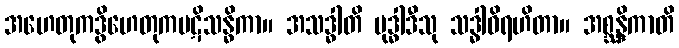
အဟေတုကဒွိဟေတုကပဋိသန္ဓိကာ။ အသဒ္ဓါတိ ဗုဒ္ဓါဒီသု သဒ္ဓါဝိရဟိတာ။ အစ္ဆန္ဒိကာတိ